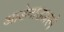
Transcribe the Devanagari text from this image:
आडेनाउअरने